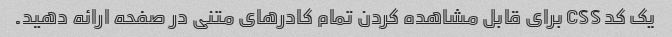
یک کد CSS برای قابل مشاهده کردن تمام کادرهای متنی در صفحه ارائه دهید.